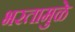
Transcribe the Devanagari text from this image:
भरतामुळे